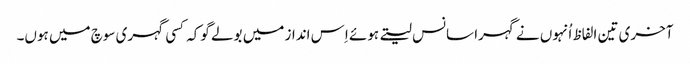
آخری تین الفاظ اُنہوں نے گہرا سانس لیتے ہوئے اِس انداز میں بولے گوکہ کسی گہری سوچ میں ہوں۔